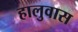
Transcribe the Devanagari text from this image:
हालुवास